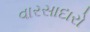
વારસાદારો